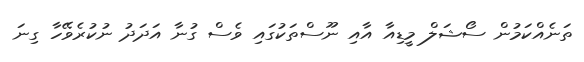
ތަނެއްކަމުން ސޯޝަލް މީޑިއާ އާއި ނޫސްތަކުގައި ވެސް ގުނާ އަދަދު ނުކުރެވޭހާ ގިނަ